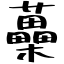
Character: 蘽